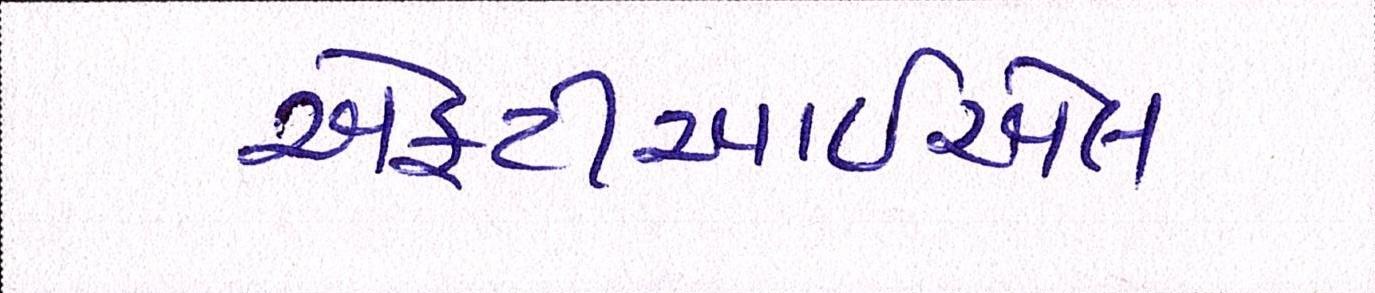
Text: એફટીઆઈએલ